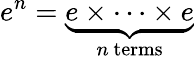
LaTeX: e^{n}=\underbrace{e\times\cdots\times e}_{n{\mathrm{~terms}}}